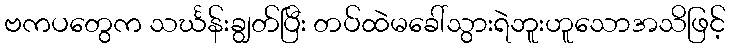
ဗကပတွေက သင်္ဃန်းချွတ်ပြီး တပ်ထဲမခေါ်သွားရဲဘူးဟူသောအသိဖြင့်